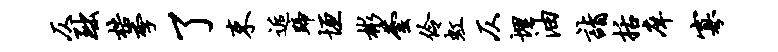
仄黜梏季了束逅蹄垣彬芸伶虹仄埋油诣括庠寡